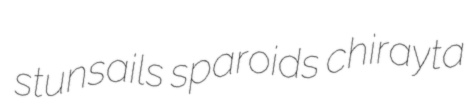
stunsails sparoids chirayta